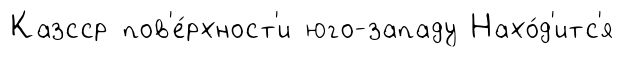
Казсср пов'е́рхност'и юго-западу Нахо́д'итс'я